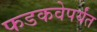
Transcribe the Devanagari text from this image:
फडकवेपर्यंत